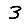
Digit: 3